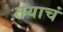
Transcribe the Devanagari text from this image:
तयाचं